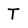
Character: T